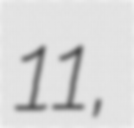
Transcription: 11,